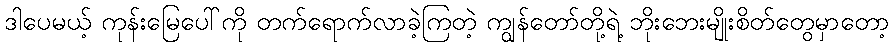
ဒါပေမယ့် ကုန်းမြေပေါ်ကို တက်ရောက်လာခဲ့ကြတဲ့ ကျွန်တော်တို့ရဲ့ ဘိုးဘေးမျိုးစိတ်တွေမှာတော့